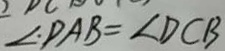
\angle \cdot D A B = \angle D C B